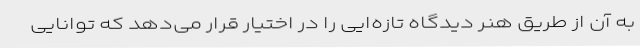
به آن از طریق هنر دیدگاه تازه‌ایی را در اختیار قرار می‌دهد که توانایی